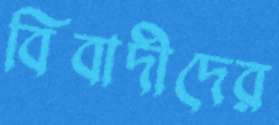
বিবাদীদের